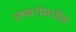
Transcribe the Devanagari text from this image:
लष्करांमधील